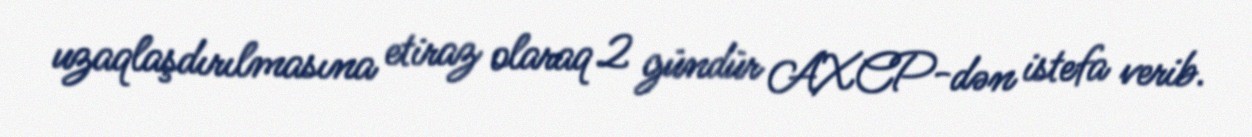
uzaqlaşdırılmasına etiraz olaraq 2 gündür AXCP-dən istefa verib.